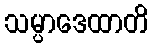
သမ္ပာဒေထာတိ